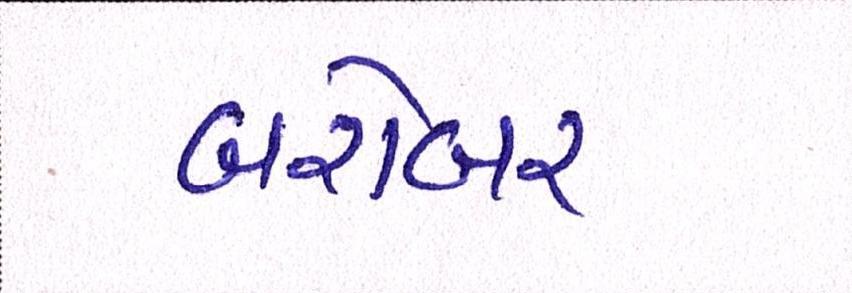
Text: બરોબર